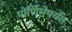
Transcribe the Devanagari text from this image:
पोर्णिमेपर्यंत